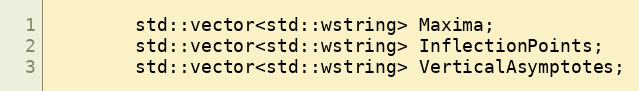
Language: C
		std::vector<std::wstring> Maxima;
		std::vector<std::wstring> InflectionPoints;
		std::vector<std::wstring> VerticalAsymptotes;